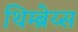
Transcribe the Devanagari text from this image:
थिम्ब्रेय्स